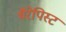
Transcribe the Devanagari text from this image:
थैरेपिस्ट